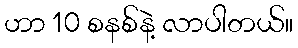
ဟာ 10 စနစ်နဲ့ လာပါတယ်။